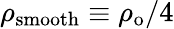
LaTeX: \rho_{\mathrm{smooth}}\equiv\rho_{\mathrm{o}}/4